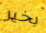
بخير